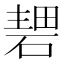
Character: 𥔏